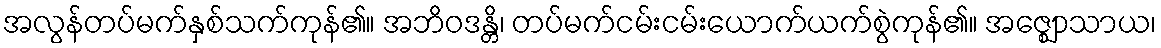
အလွန်တပ်မက်နှစ်သက်ကုန်၏။ အဘိဝဒန္တိ၊ တပ်မက်ငမ်းငမ်းယောက်ယက်စွဲကုန်၏။ အဇ္ဈောသာယ၊